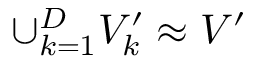
\cup _ { k = 1 } ^ { D } V _ { k } ^ { \prime } \approx V ^ { \prime }